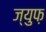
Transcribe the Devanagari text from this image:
ज्युफ़